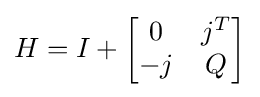
H=I+{\begin{bmatrix}0&j^{T}\\-j&Q\end{bmatrix}}